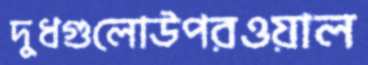
দুধগুলোউপরওয়াল